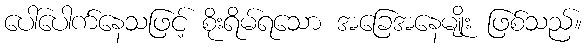
ပေါ်ပေါက်နေသဖြင့် စိုးရိမ်ရသော အခြေအနေမျိုး ဖြစ်သည်။